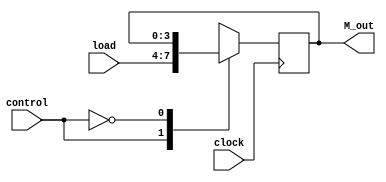
module Mreg(load, control, clock, M_out);

input [3:0] load;
input control;
input clock;
output [3:0] M_out;

reg [3:0] M_out;

parameter LD = 1'b1 , HD = 1'b0;

always @(posedge clock) begin
    case(control)
    LD: begin
        M_out = load;
    end
    HD: ;
    endcase
end

endmodule